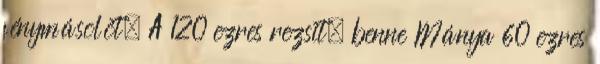
fénymásolót. A 120 ezres rezsit, benne Mánya 60 ezres